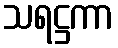
သရဋ္ဌကာ